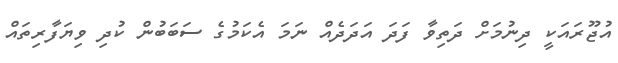
އުޖޫރައަކީ ދިނުމަށް ދަތިވާ ފަދަ އަދަދެއް ނަމަ އެކަމުގެ ސަބަބުން ކުދި ވިޔަފާރިތައް